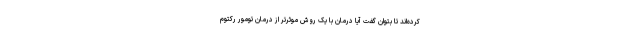
کرده‌اند تا بتوان گفت آیا درمان با یک روش موثرتر از درمان تومور رکتوم